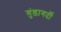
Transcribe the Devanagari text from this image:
ग़ुंडागर्दी